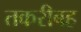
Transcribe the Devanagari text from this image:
तकरीबह